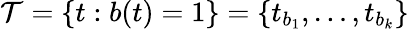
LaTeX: \mathcal{T}=\{ t:b(t)=1\} =\{ t_{b_{1}},\dots,t_{b_{k}}\}